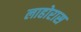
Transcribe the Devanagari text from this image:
लाहोरास